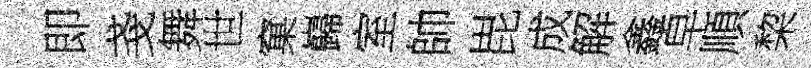
即戔舞世窠巋室帥毘成解鑫皁順棃